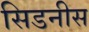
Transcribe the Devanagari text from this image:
सिडनीस